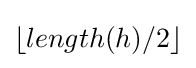
\lfloor length(h)/2\rfloor